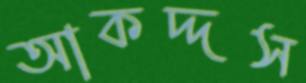
আকদ্দস